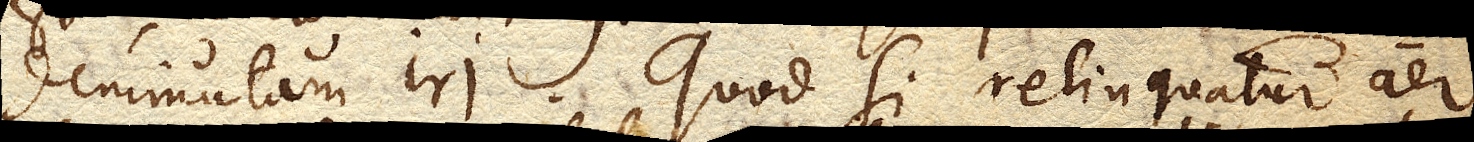
deminutam iri. Quod si relinquatur aer